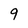
Character: 9